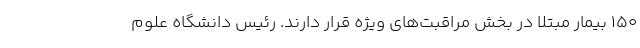
۱۵۰ بیمار مبتلا در بخش مراقبت‌های ویژه قرار دارند. رئیس دانشگاه علوم